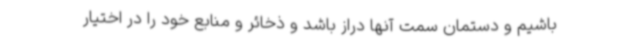
باشیم و دستمان سمت آنها دراز باشد و ذخائر و منابع خود را در اختیار